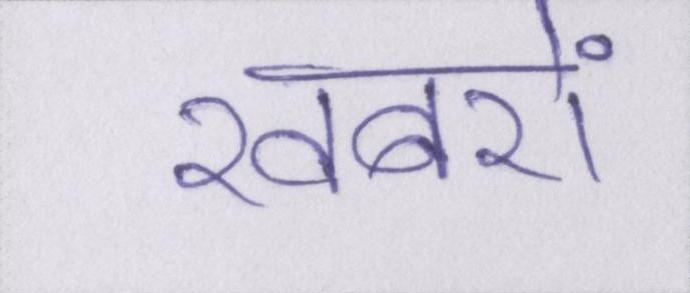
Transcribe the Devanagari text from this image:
खबरों